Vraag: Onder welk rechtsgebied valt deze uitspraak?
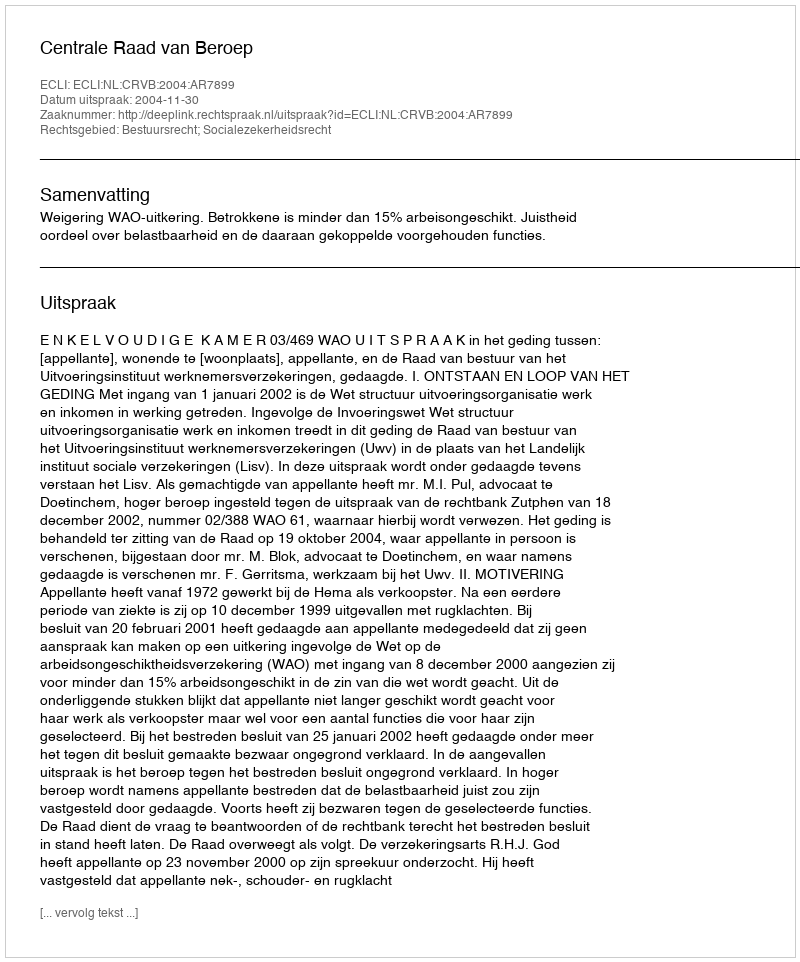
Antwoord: Bestuursrecht; Socialezekerheidsrecht